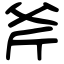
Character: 斧